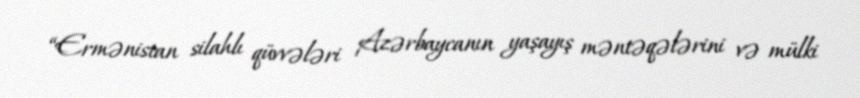
“Ermənistan silahlı qüvvələri Azərbaycanın yaşayış məntəqələrini və mülki